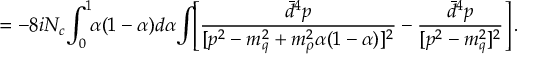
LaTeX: = - 8 i N _ { c } \! \int _ { 0 } ^ { 1 } \! \! \alpha ( 1 - \alpha ) d \alpha \! \int \! \! \left[ \frac { \bar { d } ^ { 4 } p } { [ p ^ { 2 } - m _ { q } ^ { 2 } + m _ { \rho } ^ { 2 } \alpha ( 1 - \alpha ) ] ^ { 2 } } - \frac { \bar { d } ^ { 4 } p } { [ p ^ { 2 } - m _ { q } ^ { 2 } ] ^ { 2 } } \right] .